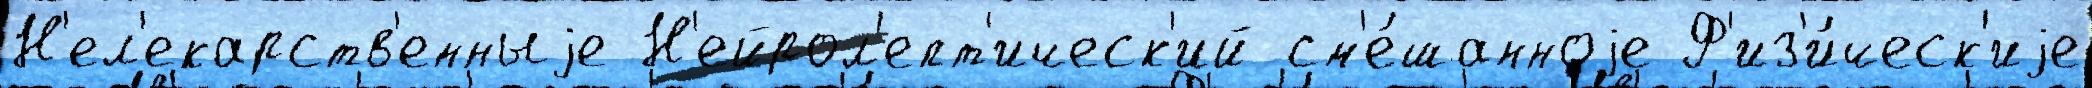
Н'ел'екарств'енныjе Н'ейрол'епт'ическ'ий см'е́шанноjе Ф'из'и́ческ'иjе